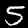
Digit: 5